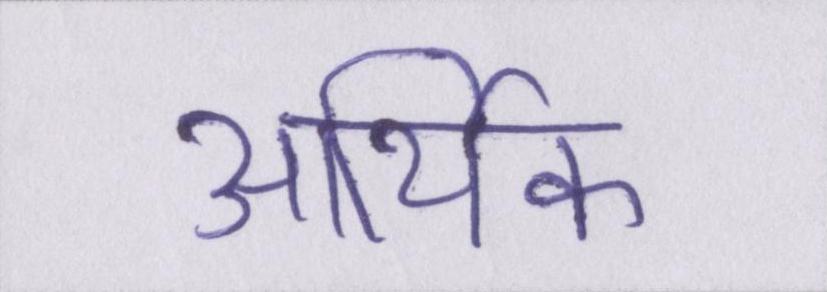
आथि॑क